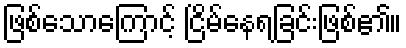
ဖြစ်သောကြောင့် ငြိမ်နေရခြင်းဖြစ်၏။